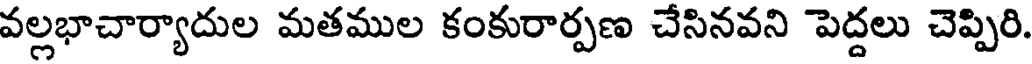
వల్లభాచార్యాదుల మతముల కంకురార్పణ చేసినవని పెద్దలు చెప్పిరి.